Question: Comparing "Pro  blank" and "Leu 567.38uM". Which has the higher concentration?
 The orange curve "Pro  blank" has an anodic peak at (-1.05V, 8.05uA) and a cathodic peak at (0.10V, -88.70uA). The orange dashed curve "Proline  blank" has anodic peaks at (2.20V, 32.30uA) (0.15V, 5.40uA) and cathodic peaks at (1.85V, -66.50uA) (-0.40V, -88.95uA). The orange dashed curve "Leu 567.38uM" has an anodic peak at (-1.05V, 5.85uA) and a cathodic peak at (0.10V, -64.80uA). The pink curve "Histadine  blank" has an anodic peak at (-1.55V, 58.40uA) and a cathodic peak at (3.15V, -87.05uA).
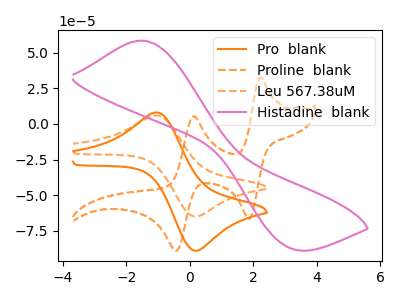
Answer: <think>All the peaks in "Pro  blank" have a peak in "Leu 567.38uM" at the same potential. Every peak in "Pro  blank" is higher than every peak in "Leu 567.38uM".
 </think>
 <answer>"Pro  blank" has more signal than "Leu 567.38uM" and so likely has a higher concentration.</answer>
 <eval>more_concentration</eval>